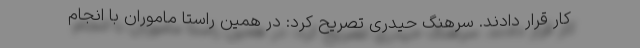
کار قرار دادند. سرهنگ حیدری تصریح کرد: در همین راستا ماموران با انجام